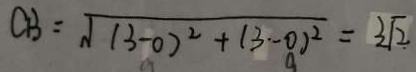
C B = \sqrt { ( 3 - 0 ) ^ { 2 } + ( 3 - 0 ) ^ { 2 } } = 3 \sqrt { 2 }